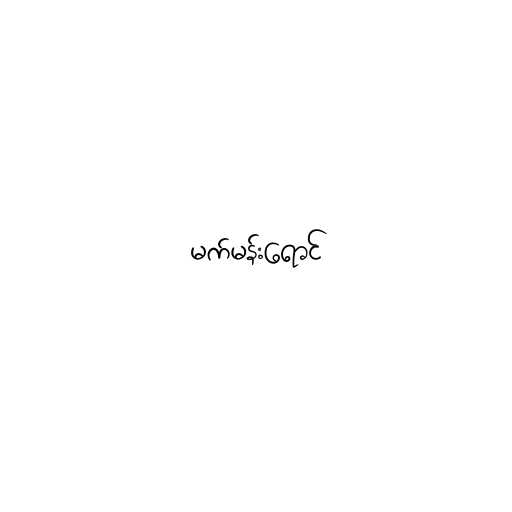
မက်မန်းရောင်